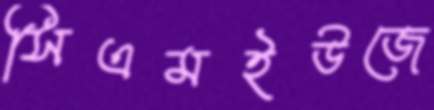
সিএমইউজে